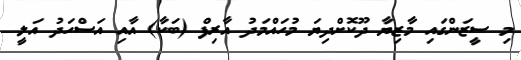
މި ސީޒަންގައި މާޒިޔާ ދޫކޮށްދިޔަ މުހައްމަދު އާރިފް (ބަކާ) އާއި އަސްހަދު އަލީ